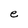
Character: e